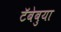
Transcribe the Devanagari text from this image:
टॅबेबुया